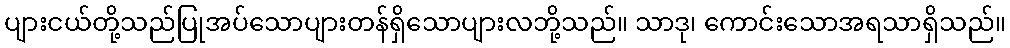
ပျားငယ်တို့သည်ပြုအပ်သောပျားတန်ရှိသောပျားလဘို့သည်။ သာဒု၊ ကောင်းသောအရသာရှိသည်။